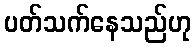
ပတ်သက်နေသည်ဟု